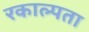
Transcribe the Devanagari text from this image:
रकाल्पता